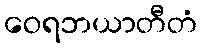
ဝေရဘယာတီတံ